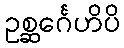
ဥစ္ဆင်္ဂေဟိပိ